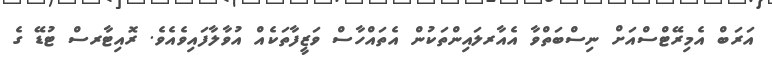
އަރަބް އެމިރޭޓްސްއަށް ނިސްބަތްވާ އެއާރލައިންތަކުން އެތައްހާސް ވަޒީފާތަކެއް އުވާލާފައިވެއެވެ. ރޮއިޓާރސް ޓުޑޭ ގެ